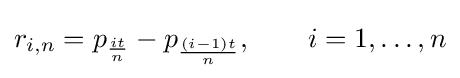
r_{i,n}=p_{\frac {it}{n}}-p_{\frac {(i-1)t}{n}},\qquad i=1,\ldots ,n